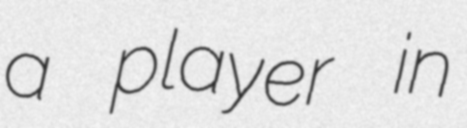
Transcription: a player in